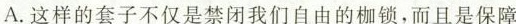
A.这样的套子不仅是禁闭我们自由的枷锁，而且是保障